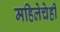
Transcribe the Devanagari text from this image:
महिलेचेही